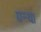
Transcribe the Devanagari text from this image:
ग्रन्थः।